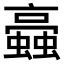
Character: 𧓂